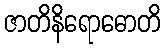
ဇာတိနိရောဓောတိ